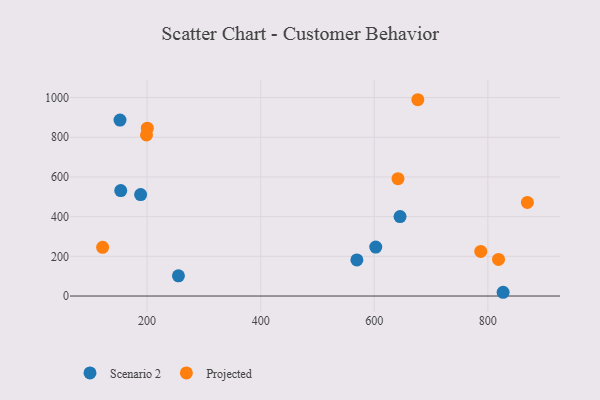
{"axis": {"x": "Ad Spend", "y": "Profit"}, "legend": ["Projected", "Scenario 2"], "data": [{"x": "153.6", "y": 531.2, "type": "Scenario 2"}, {"x": "569.4", "y": 182.0, "type": "Scenario 2"}, {"x": "152.3", "y": 886.7, "type": "Scenario 2"}, {"x": "255.2", "y": 101.7, "type": "Scenario 2"}, {"x": "188.6", "y": 511.0, "type": "Scenario 2"}, {"x": "826.9", "y": 18.9, "type": "Scenario 2"}, {"x": "645.4", "y": 400.2, "type": "Scenario 2"}, {"x": "602.6", "y": 246.6, "type": "Scenario 2"}, {"x": "676.7", "y": 989.1, "type": "Projected"}, {"x": "200.4", "y": 846.0, "type": "Projected"}, {"x": "869.6", "y": 471.7, "type": "Projected"}, {"x": "199.0", "y": 811.8, "type": "Projected"}, {"x": "818.8", "y": 184.6, "type": "Projected"}, {"x": "787.5", "y": 224.8, "type": "Projected"}, {"x": "641.8", "y": 591.1, "type": "Projected"}, {"x": "121.7", "y": 245.2, "type": "Projected"}]}